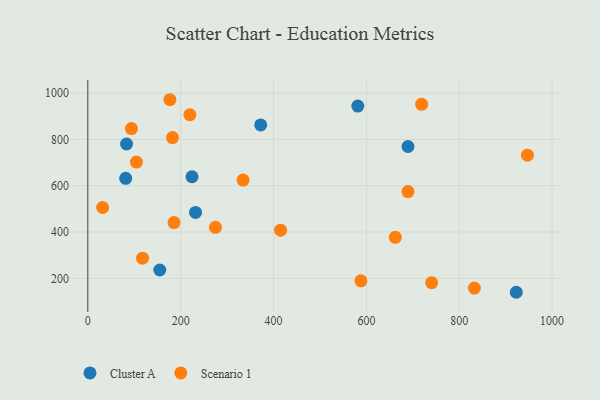
{"axis": {"x": "Price", "y": "Sales"}, "legend": ["Cluster A", "Scenario 1"], "data": [{"x": "81.6", "y": 632.0, "type": "Cluster A"}, {"x": "224.4", "y": 638.7, "type": "Cluster A"}, {"x": "922.8", "y": 139.8, "type": "Cluster A"}, {"x": "232.0", "y": 484.7, "type": "Cluster A"}, {"x": "155.0", "y": 235.9, "type": "Cluster A"}, {"x": "689.6", "y": 769.4, "type": "Cluster A"}, {"x": "83.4", "y": 780.2, "type": "Cluster A"}, {"x": "581.5", "y": 943.8, "type": "Cluster A"}, {"x": "372.3", "y": 862.6, "type": "Cluster A"}, {"x": "946.7", "y": 731.9, "type": "Scenario 1"}, {"x": "334.4", "y": 624.3, "type": "Scenario 1"}, {"x": "182.4", "y": 808.0, "type": "Scenario 1"}, {"x": "219.8", "y": 906.5, "type": "Scenario 1"}, {"x": "94.0", "y": 846.6, "type": "Scenario 1"}, {"x": "832.5", "y": 158.0, "type": "Scenario 1"}, {"x": "415.2", "y": 408.1, "type": "Scenario 1"}, {"x": "176.8", "y": 971.3, "type": "Scenario 1"}, {"x": "117.9", "y": 287.0, "type": "Scenario 1"}, {"x": "719.0", "y": 951.4, "type": "Scenario 1"}, {"x": "662.3", "y": 377.3, "type": "Scenario 1"}, {"x": "31.9", "y": 505.9, "type": "Scenario 1"}, {"x": "274.9", "y": 420.1, "type": "Scenario 1"}, {"x": "740.5", "y": 181.3, "type": "Scenario 1"}, {"x": "588.2", "y": 189.1, "type": "Scenario 1"}, {"x": "689.5", "y": 574.8, "type": "Scenario 1"}, {"x": "185.6", "y": 440.7, "type": "Scenario 1"}, {"x": "104.7", "y": 701.9, "type": "Scenario 1"}]}